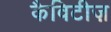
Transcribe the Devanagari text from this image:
कैविटीज़